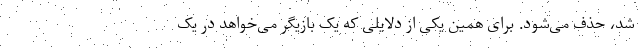
شد، حذف می‌شود. برای همین یکی از دلایلی که یک بازیگر می‌خواهد در یک